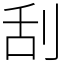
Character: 刮